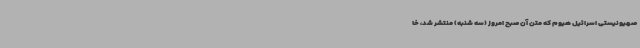
صهیونیستی اسرائیل هیوم که متن آن صبح امروز (سه شنبه) منتشر شد، خا